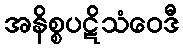
အနိစ္စပဋိသံဝေဒီ